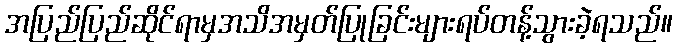
အပြည်ပြည်ဆိုင်ရာမှအသိအမှတ်ပြုခြင်းများရပ်တန့်သွားခဲ့ရသည်။